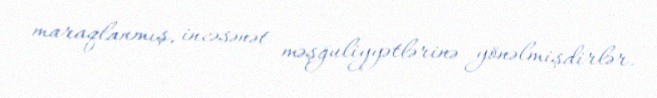
maraqlanmış, incəsənət məşğuliyyətlərinə yönəlmişdirlər.